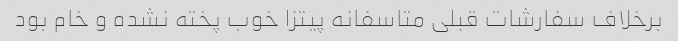
برخلاف سفارشات قبلی متاسفانه پیتزا خوب پخته نشده و خام بود